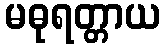
မဓုရတ္တာယ